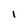
Character: I